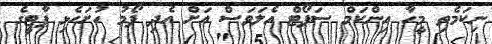
ނިކަމެތި މީހާ އިންކަމް ސަޕޯޓް އެލަވަސް އަށް އެދި ފޯމު ހުށަހެޅި ޕާޓީގެ